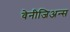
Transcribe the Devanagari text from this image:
वेनीजिअन्स